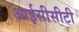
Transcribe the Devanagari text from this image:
आईसीसीटी